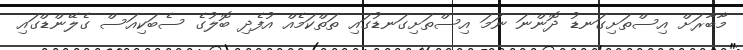
މާބާރަށް އިސްތަށިގަނޑު ދޮންނަ ނަމަ އިސްތަށިގަނޑުގައި ތަތްކަމެއް އުފެދި ބޮލުގެ ސެބަކިއަސް ގެލޭންޑްގައި